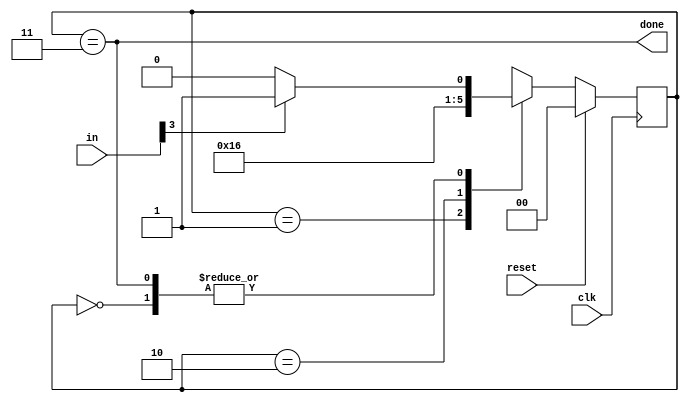
module top_module(
    input clk,
    input [7:0] in,
    input reset,    // Synchronous reset
    output done); //
    
    parameter IDLE=0, S0=1, S1=2, S2=3;
    reg [1:0] state, next_state;

    // State transition logic (combinational)
    always @(*) begin
        case(state)
            IDLE : next_state <= in[3] ? S0 : IDLE;
            S0 : next_state <= S1;
            S1 : next_state <= S2;
            S2 : next_state <= in[3] ? S0 : IDLE;
            default: next_state <= IDLE;
        endcase
    end

    // State flip-flops (sequential)
    always @(posedge clk) begin
        if(reset)
            state <= IDLE;
        else
        	state <= next_state;
    end
 
    // Output logic
    assign done = state == S2;

endmodule